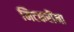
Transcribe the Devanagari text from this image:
मिटकरींना